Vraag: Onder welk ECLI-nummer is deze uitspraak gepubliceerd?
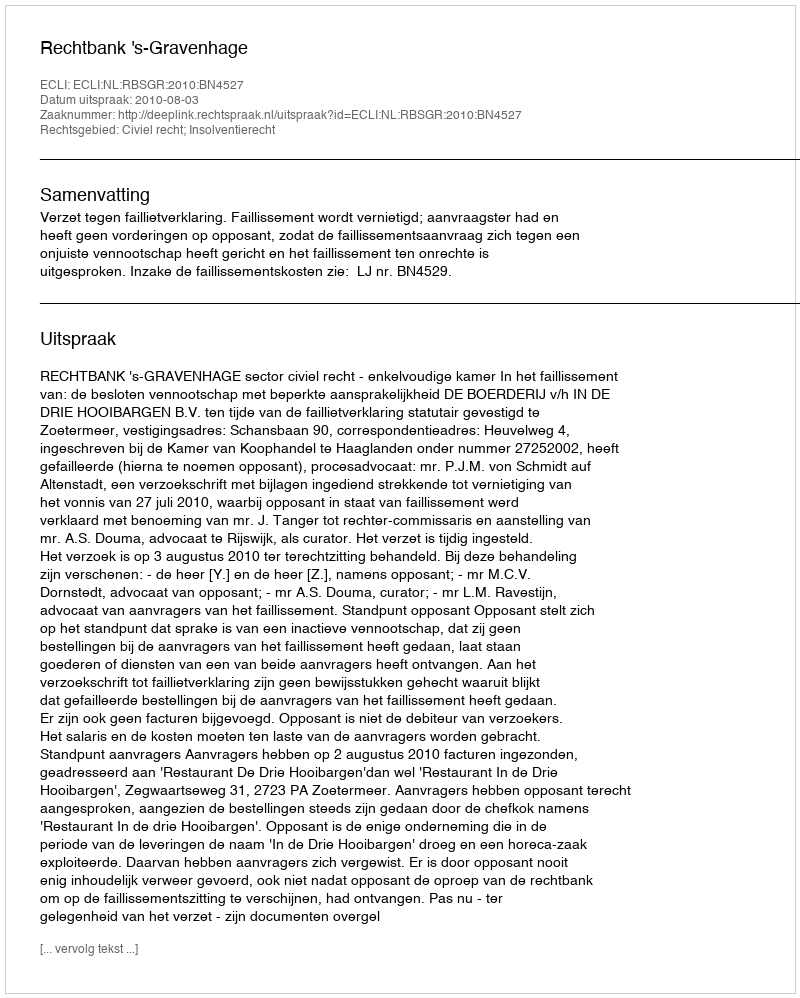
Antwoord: ECLI:NL:RBSGR:2010:BN4527